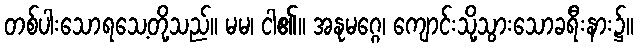
တစ်ပါးသောရသေ့တို့သည်။ မမ၊ ငါ၏။ အနုမဂ္ဂေ၊ ကျောင်းသို့သွားသောခရီးနား၌။